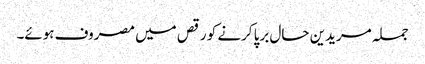
جملہ مریدین حال برپا کرنے کو رقص میں مصروف ہوئے۔